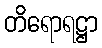
တိရောရဋ္ဌာ